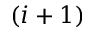
( i + 1 )